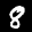
Label: 8